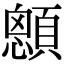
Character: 顖